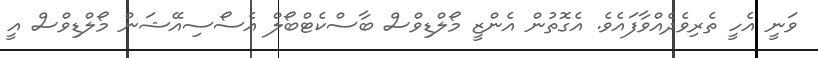
ވަނީ އެހީ ތެރިވެދެއްވާފައެވެ. އެގޮތުން އެންޒީ މޯލްޑިވްސް ބާސްކެޓްބޯލް އެސޯސިއޭޝަން މޯލްޑިވްސް އީ